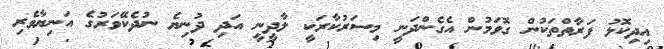
އިދިކޮޅު ފަރާތްތަކުން ގޮވަމުން އެގެންދަނީ މިސަރުކާރަކީ ލާދީނީ އަދި ދުނިޔެ ނުދެކޭވަރުގެ އަނިޔާވެރި